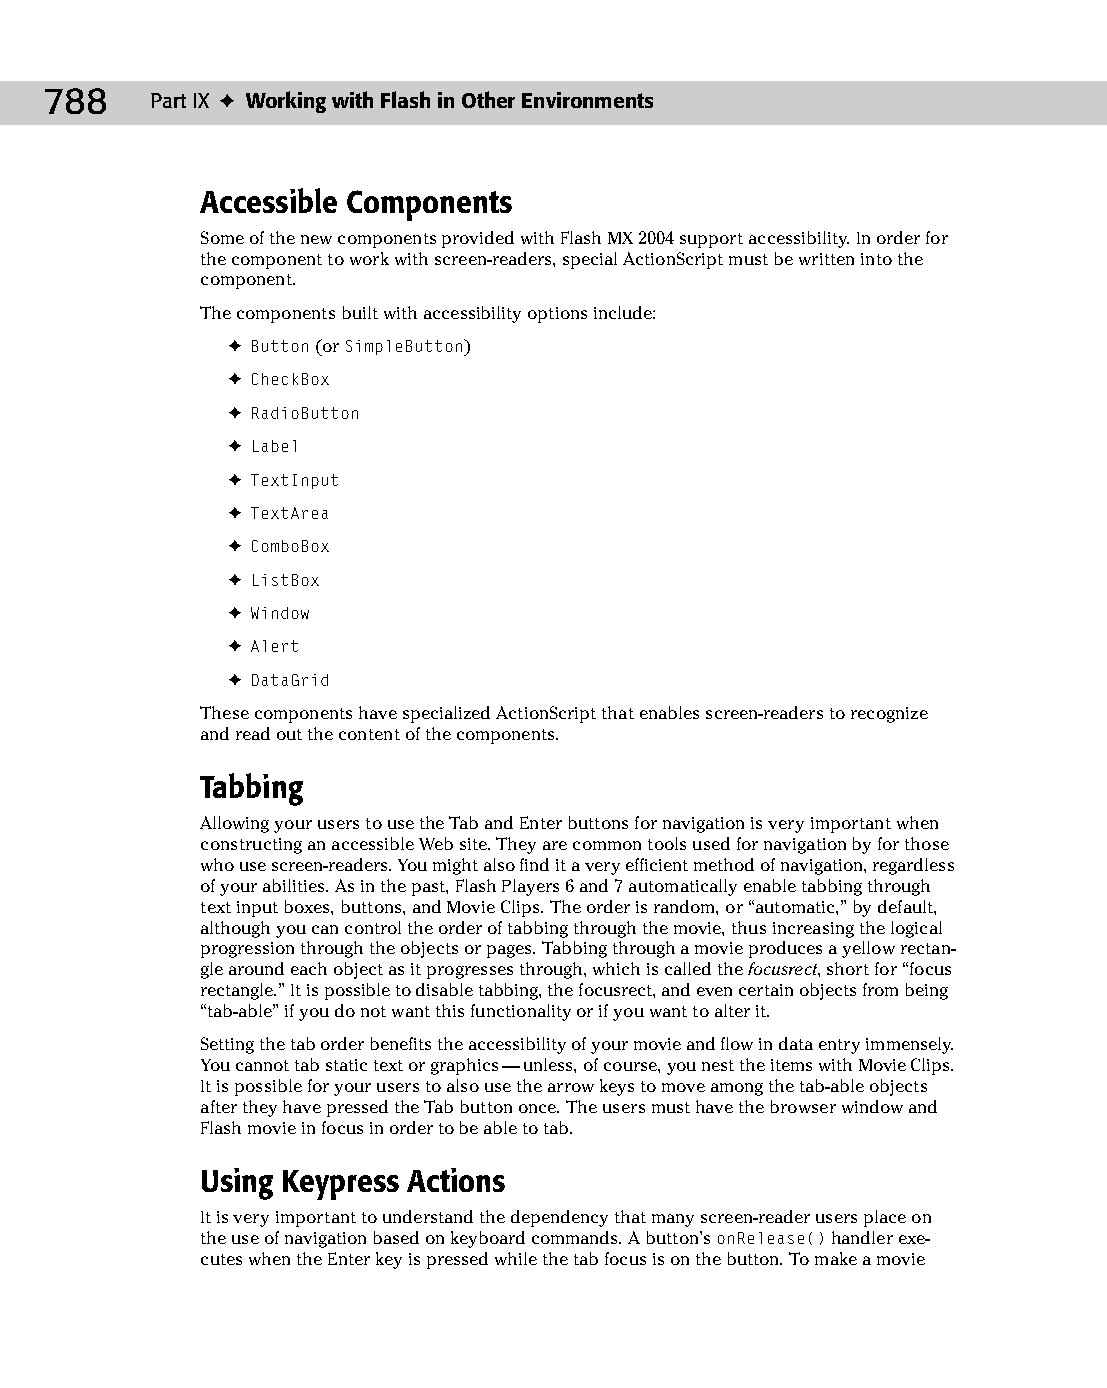
42 543547 ch32.qxd 3/24/04 4:16 PM Page 788
 788    Part IX ✦ Working with Flash in Other Environments
 Accessible Components
 Some of the new components provided with Flash MX 2004 support accessibility. In order for
 the component to work with screen-readers, special ActionScript must be written into the
 component.
 The components built with accessibility options include:
 ✦ Button (or SimpleButton)
 ✦ CheckBox
 ✦ RadioButton
 ✦ Label
 ✦ TextInput
 ✦ TextArea
 ✦ ComboBox
 ✦ ListBox
 ✦ Window
 ✦ Alert
 ✦ DataGrid
 These components have specialized ActionScript that enables screen-readers to recognize
 and read out the content of the components.
 Tabbing
 Allowing your users to use the Tab and Enter buttons for navigation is very important when
 constructing an accessible Web site. They are common tools used for navigation by for those
 who use screen-readers. You might also find it a very efficient method of navigation, regardless
 of your abilities. As in the past, Flash Players 6 and 7 automatically enable tabbing through
 text input boxes, buttons, and Movie Clips. The order is random, or “automatic,” by default,
 although you can control the order of tabbing through the movie, thus increasing the logical
 progression through the objects or pages. Tabbing through a movie produces a yellow rectan­
 gle around each object as it progresses through, which is called the focusrect, short for “focus
 rectangle.” It is possible to disable tabbing, the focusrect, and even certain objects from being
 “tab-able” if you do not want this functionality or if you want to alter it.
 Setting the tab order benefits the accessibility of your movie and flow in data entry immensely.
 You cannot tab static text or graphics — unless, of course, you nest the items with Movie Clips.
 It is possible for your users to also use the arrow keys to move among the tab-able objects
 after they have pressed the Tab button once. The users must have the browser window and
 Flash movie in focus in order to be able to tab.
 Using Keypress Actions
 It is very important to understand the dependency that many screen-reader users place on
 the use of navigation based on keyboard commands. A button’s onRelease() handler exe­
 cutes when the Enter key is pressed while the tab focus is on the button. To make a movie